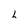
Character: h